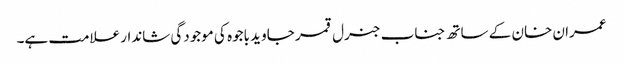
عمران خان کے ساتھ جناب جنرل قمر جاوید باجوہ کی موجودگی شاندار علامت ہے۔